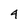
Character: 4